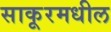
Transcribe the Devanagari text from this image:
साकूरमधील